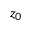
z _ { 0 }